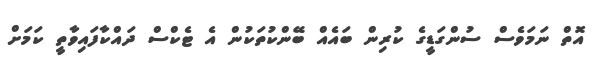
އޮތް ނަމަވެސް ސުންގަޑީގެ ކުރިން ބައެއް ބޭންކުތަކުން އެ ޓެކްސް ދައްކާފައިވާތީ ކަމަށް